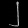
Digit: ၂